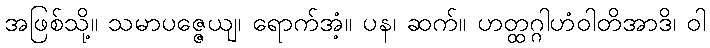
အဖြစ်သို့။ သမာပဇ္ဇေယျ၊ ရောက်အံ့။ ပန၊ ဆက်။ ဟတ္ထဂ္ဂါဟံဝါတိအာဒိ၊ ဝါ